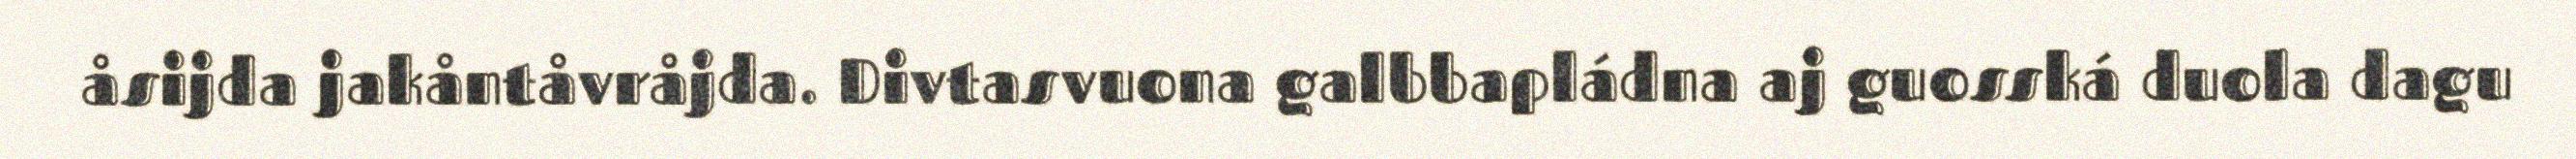
åsijda jakåntåvråjda. Divtasvuona galbbapládna aj guosská duola dagu